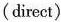
(direct)